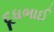
દૂધભાઈ